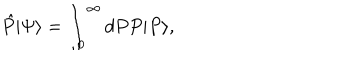
LaTeX: \hat { P } | \Psi \rangle = \int _ { 0 } ^ { \infty } d P P | P \rangle ,